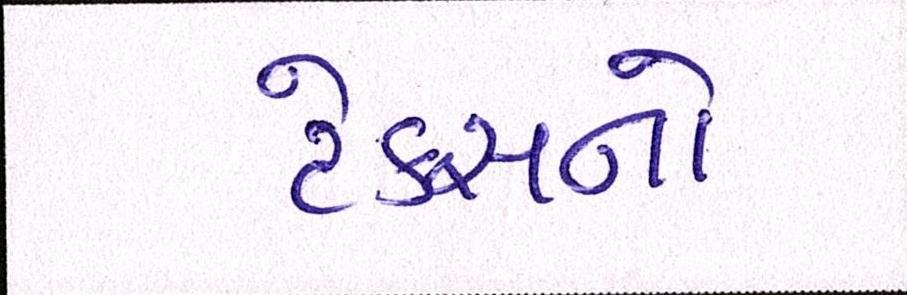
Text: ટેક્સનો